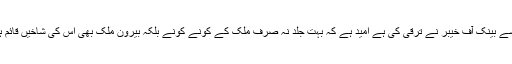
جس تیزی سے بینک آف خیبر نے ترقی کی ہے اُمید ہے کہ بہت جلد نہ صرف ملک کے کونے کونے بلکہ بیرون ملک بھی اس کی شاخیں قائم ہوجائیں گی ۔